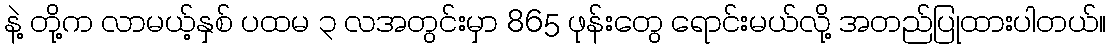
နဲ့ တို့က လာမယ့်နှစ် ပထမ ၃ လအတွင်းမှာ 865 ဖုန်းတွေ ရောင်းမယ်လို့ အတည်ပြုထားပါတယ်။